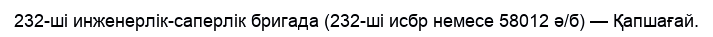
232-ші инженерлік-саперлік бригада (232-ші исбр немесе 58012 ә/б) — Қапшағай.